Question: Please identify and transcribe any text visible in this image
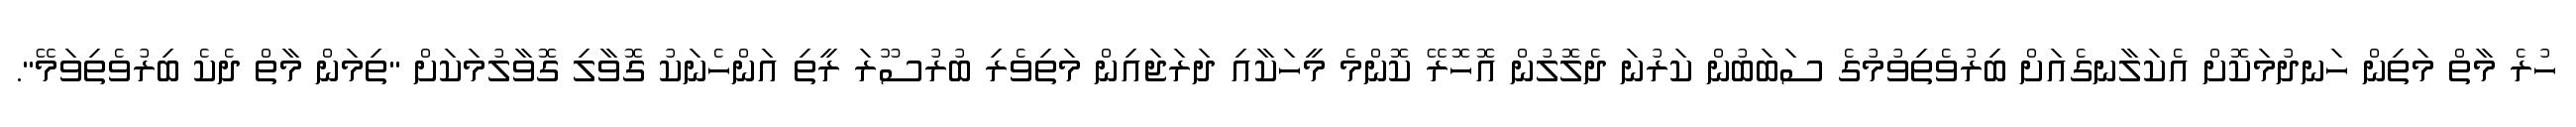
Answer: ހުރެ މާތް މަތިން ހަނދުމަކޮށް އެކަލާނގެއަށް ބިރުވެތިވުމުގެ ސަބަބުން ކަރުނަ ދެލޮލުން އޮހޮރޭ ކޮންމެ މީހަކާއި ދަރަޖައިން މަތިވެރި ބުރުސޫރަ ރީތި އަންހެނަކު ގޮވާލި ގޮވާލުމަކަށް "ތިމަން މާތް ދެކެ ބިރުވެތިވަމޭ".